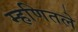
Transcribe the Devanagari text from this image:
म्हणितले